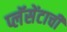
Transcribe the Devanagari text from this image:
प्लॅसेंटाची